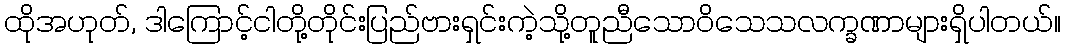
ထိုအဟုတ်, ဒါကြောင့်ငါတို့တိုင်းပြည်ဗားရှင်းကဲ့သို့တူညီသောဝိသေသလက္ခဏာများရှိပါတယ်။